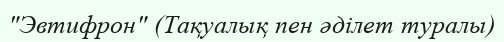
"Эвтифрон" (Тақуалық пен әділет туралы)